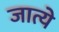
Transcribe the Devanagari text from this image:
जात्ये